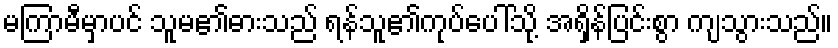
မကြာမီမှာပင် သူမ၏ဓားသည် ရန်သူ၏ကုပ်ပေါ်သို့ အရှိန်ပြင်းစွာ ကျသွားသည်။